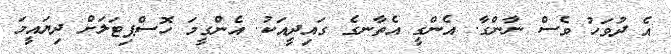
އެ ދުވަހު ވެސް ނާންގާ. އެންގީ އެތާނގެ ގައިދީއަކު. އެންގީމަ ހޮސްޕިޓަލަށް ދިޔައީމަ